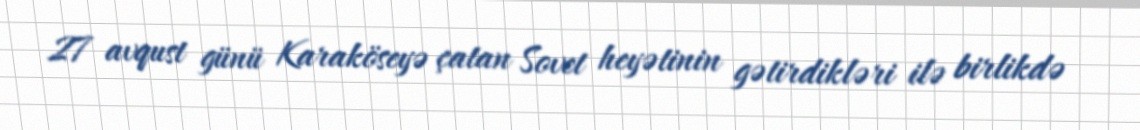
27 avqust günü Karaköseyə çatan Sovet heyətinin gətirdikləri ilə birlikdə